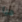
هيا